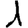
Digit: 1